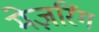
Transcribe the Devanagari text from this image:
मेज़रिंग